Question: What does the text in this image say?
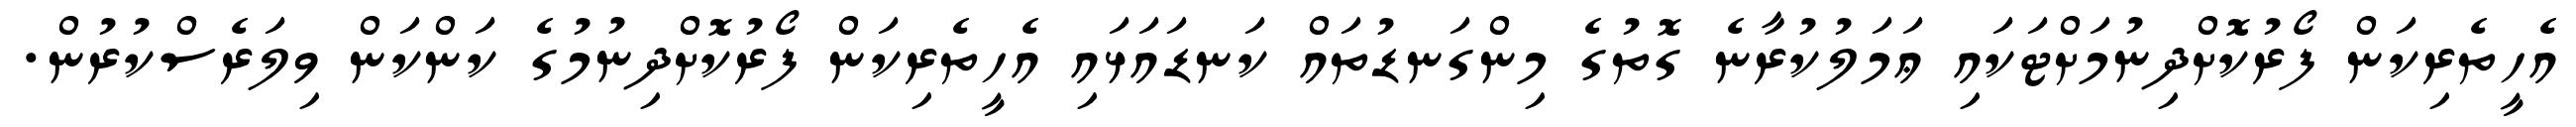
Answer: އެހީތެރިކަން ފޯރުކޮށްދިނުމަށްޓަކައި ޢަމަލުކުރާނެ ގޮތުގެ މިންގަނޑުތައް ކަނޑައަޅައި އެހީތެރިކަން ފޯރުކޮށްދިނުމުގެ ކަންކަން ވިލަރެސްކުރުން.